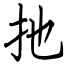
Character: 扡